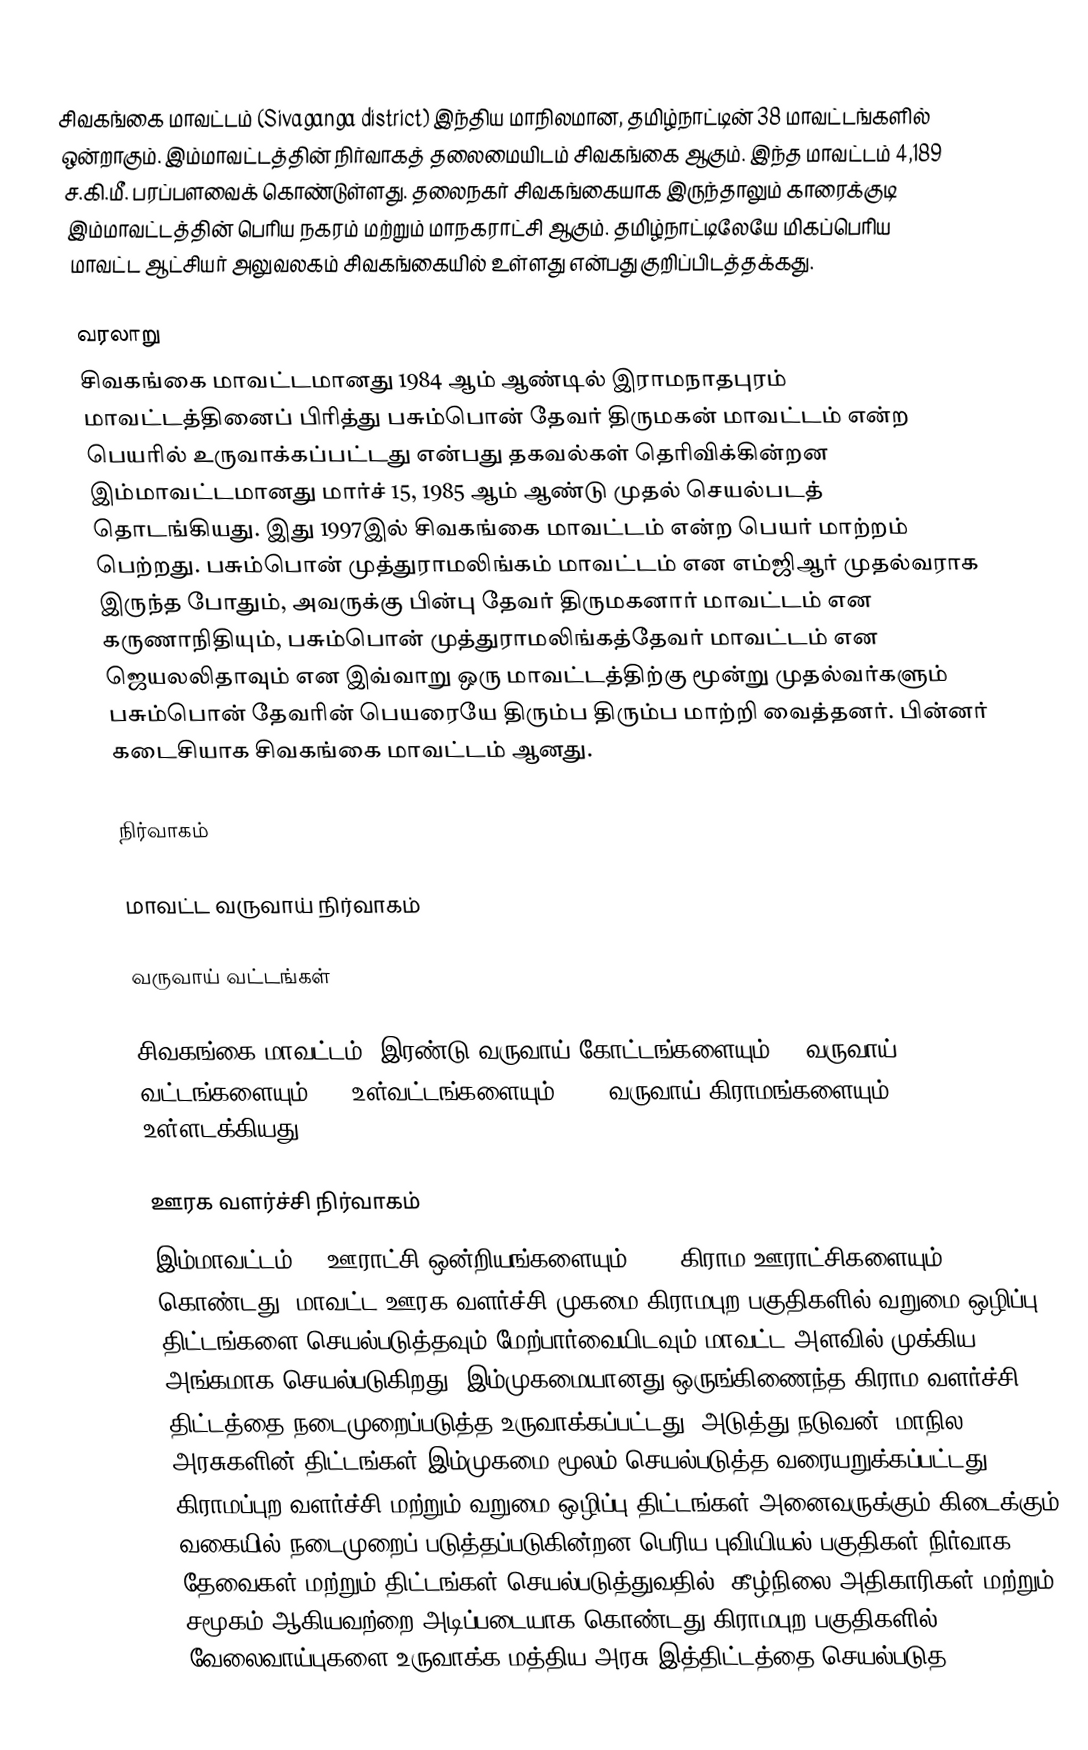
சிவகங்கை மாவட்டம் (Sivaganga district) இந்திய மாநிலமான, தமிழ்நாட்டின் 38 மாவட்டங்களில் ஒன்றாகும். இம்மாவட்டத்தின் நிர்வாகத் தலைமையிடம் சிவகங்கை ஆகும். இந்த மாவட்டம் 4,189 ச.கி.மீ. பரப்பளவைக் கொண்டுள்ளது. தலைநகர் சிவகங்கையாக இருந்தாலும் காரைக்குடி இம்மாவட்டத்தின் பெரிய நகரம் மற்றும் மாநகராட்சி ஆகும். தமிழ்நாட்டிலேயே மிகப்பெரிய மாவட்ட ஆட்சியர் அலுவலகம் சிவகங்கையில் உள்ளது என்பது குறிப்பிடத்தக்கது.

வரலாறு
சிவகங்கை மாவட்டமானது 1984 ஆம் ஆண்டில் இராமநாதபுரம் மாவட்டத்தினைப் பிரித்து பசும்பொன் தேவர் திருமகன் மாவட்டம் என்ற பெயரில் உருவாக்கப்பட்டது என்பது தகவல்கள் தெரிவிக்கின்றன இம்மாவட்டமானது மார்ச் 15, 1985 ஆம் ஆண்டு முதல் செயல்படத் தொடங்கியது. இது 1997இல் சிவகங்கை மாவட்டம் என்ற பெயர் மாற்றம் பெற்றது. பசும்பொன் முத்துராமலிங்கம் மாவட்டம் என எம்ஜிஆர் முதல்வராக இருந்த போதும், அவருக்கு பின்பு தேவர் திருமகனார் மாவட்டம் என கருணாநிதியும், பசும்பொன் முத்துராமலிங்கத்தேவர் மாவட்டம் என ஜெயலலிதாவும் என இவ்வாறு ஒரு மாவட்டத்திற்கு மூன்று முதல்வர்களும் பசும்பொன் தேவரின் பெயரையே திரும்ப திரும்ப மாற்றி வைத்தனர். பின்னர் கடைசியாக சிவகங்கை மாவட்டம் ஆனது.

நிர்வாகம்

மாவட்ட வருவாய் நிர்வாகம்

வருவாய் வட்டங்கள்

சிவகங்கை மாவட்டம், இரண்டு வருவாய் கோட்டங்களையும்,  9 வருவாய் வட்டங்களையும், 39 உள்வட்டங்களையும், 521 வருவாய் கிராமங்களையும் உள்ளடக்கியது.

ஊரக வளர்ச்சி நிர்வாகம்
இம்மாவட்டம் 12 ஊராட்சி ஒன்றியங்களையும், 445 கிராம ஊராட்சிகளையும் கொண்டது. மாவட்ட ஊரக வளர்ச்சி முகமை கிராமபுற பகுதிகளில் வறுமை ஒழிப்பு திட்டங்களை செயல்படுத்தவும் மேற்பார்வையிடவும் மாவட்ட அளவில் முக்கிய அங்கமாக செயல்படுகிறது. இம்முகமையானது ஒருங்கிணைந்த கிராம வளர்ச்சி திட்டத்தை நடைமுறைப்படுத்த உருவாக்கப்பட்டது. அடுத்து நடுவன், மாநில அரசுகளின் திட்டங்கள் இம்முகமை மூலம் செயல்படுத்த வரையறுக்கப்பட்டது. கிராமப்புற வளர்ச்சி மற்றும் வறுமை ஒழிப்பு திட்டங்கள் அனைவருக்கும் கிடைக்கும் வகையில் நடைமுறைப் படுத்தப்படுகின்றன பெரிய புவியியல் பகுதிகள் நிர்வாக தேவைகள் மற்றும் திட்டங்கள் செயல்படுத்துவதில், கீழ்நிலை அதிகாரிகள் மற்றும் சமூகம் ஆகியவற்றை அடிப்படையாக கொண்டது கிராமபுற பகுதிகளில் வேலைவாய்புகளை உருவாக்க மத்திய அரசு இத்திட்டத்தை செயல்படுத